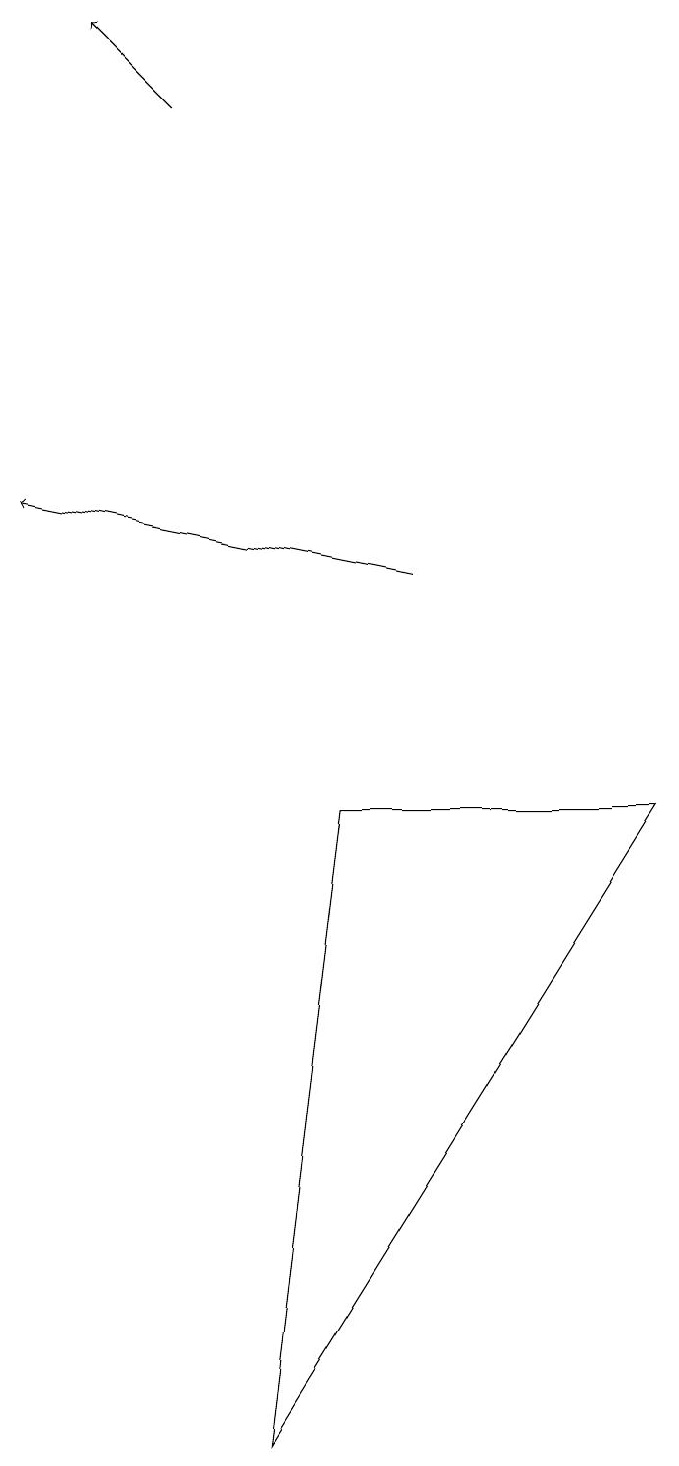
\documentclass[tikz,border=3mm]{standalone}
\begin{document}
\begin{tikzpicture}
\draw[->] (2,18) -- (1,19);
\draw[->] (5,12) -- (0,13);
\draw (3,1) -- (8,9) -- (4,9) -- cycle;
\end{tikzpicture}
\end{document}